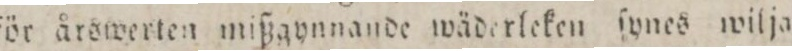
för årswerten mißgynnande wäderleken ſynes wilja